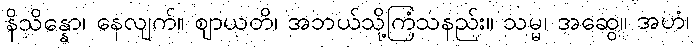
နိသိန္နော၊ နေလျက်။ ဈာယတိ၊ အဘယ်သို့ကြံသနည်း။ သမ္မ၊ အဆွေ။ အဟံ၊